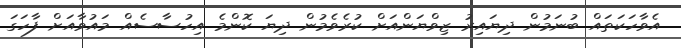
އެވާހަކަތައް ބުނަމުން ދިޔައިރު ޒިވްޔަންއަށް ކުރެވެމުން ދިޔަ ކޮންމެ އިހުސާސެއް މައުވާއަށް ފާހަގަ